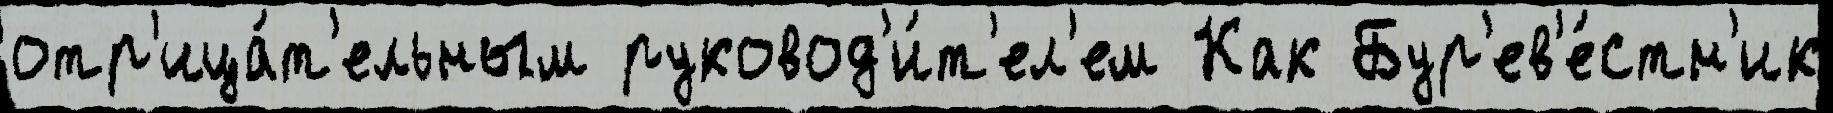
отр'ица́т'ельным руковод'и́т'ел'ем Как Бур'ев'е́стн'ик